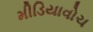
મીડિયાવોચ